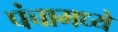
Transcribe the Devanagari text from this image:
पंचामध्ये